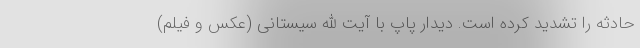
حادثه را تشدید کرده است. دیدار پاپ با آیت الله سیستانی (عکس و فیلم)